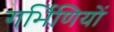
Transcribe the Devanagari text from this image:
गर्भिणियों